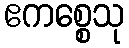
ဧကစ္စေသု